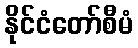
နိုင်ငံတော်စီမံ